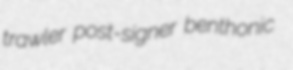
trawler post-signer benthonic